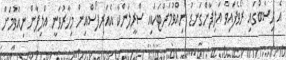
އެ ހިސާބުގައި ރޯވެފައިވާ އަލިފާންގަނޑު ނިއްވުމަށްޓަކައި ސްރީލަންކާ އެއަރފޯސްއިން މިހާރުވަނީ އަލިފާން ނިއްވުމަށް